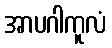
အာပဂါကူလံ